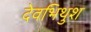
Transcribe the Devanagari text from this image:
देवभिथुश